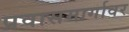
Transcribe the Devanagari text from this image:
प्रवासमार्गावर